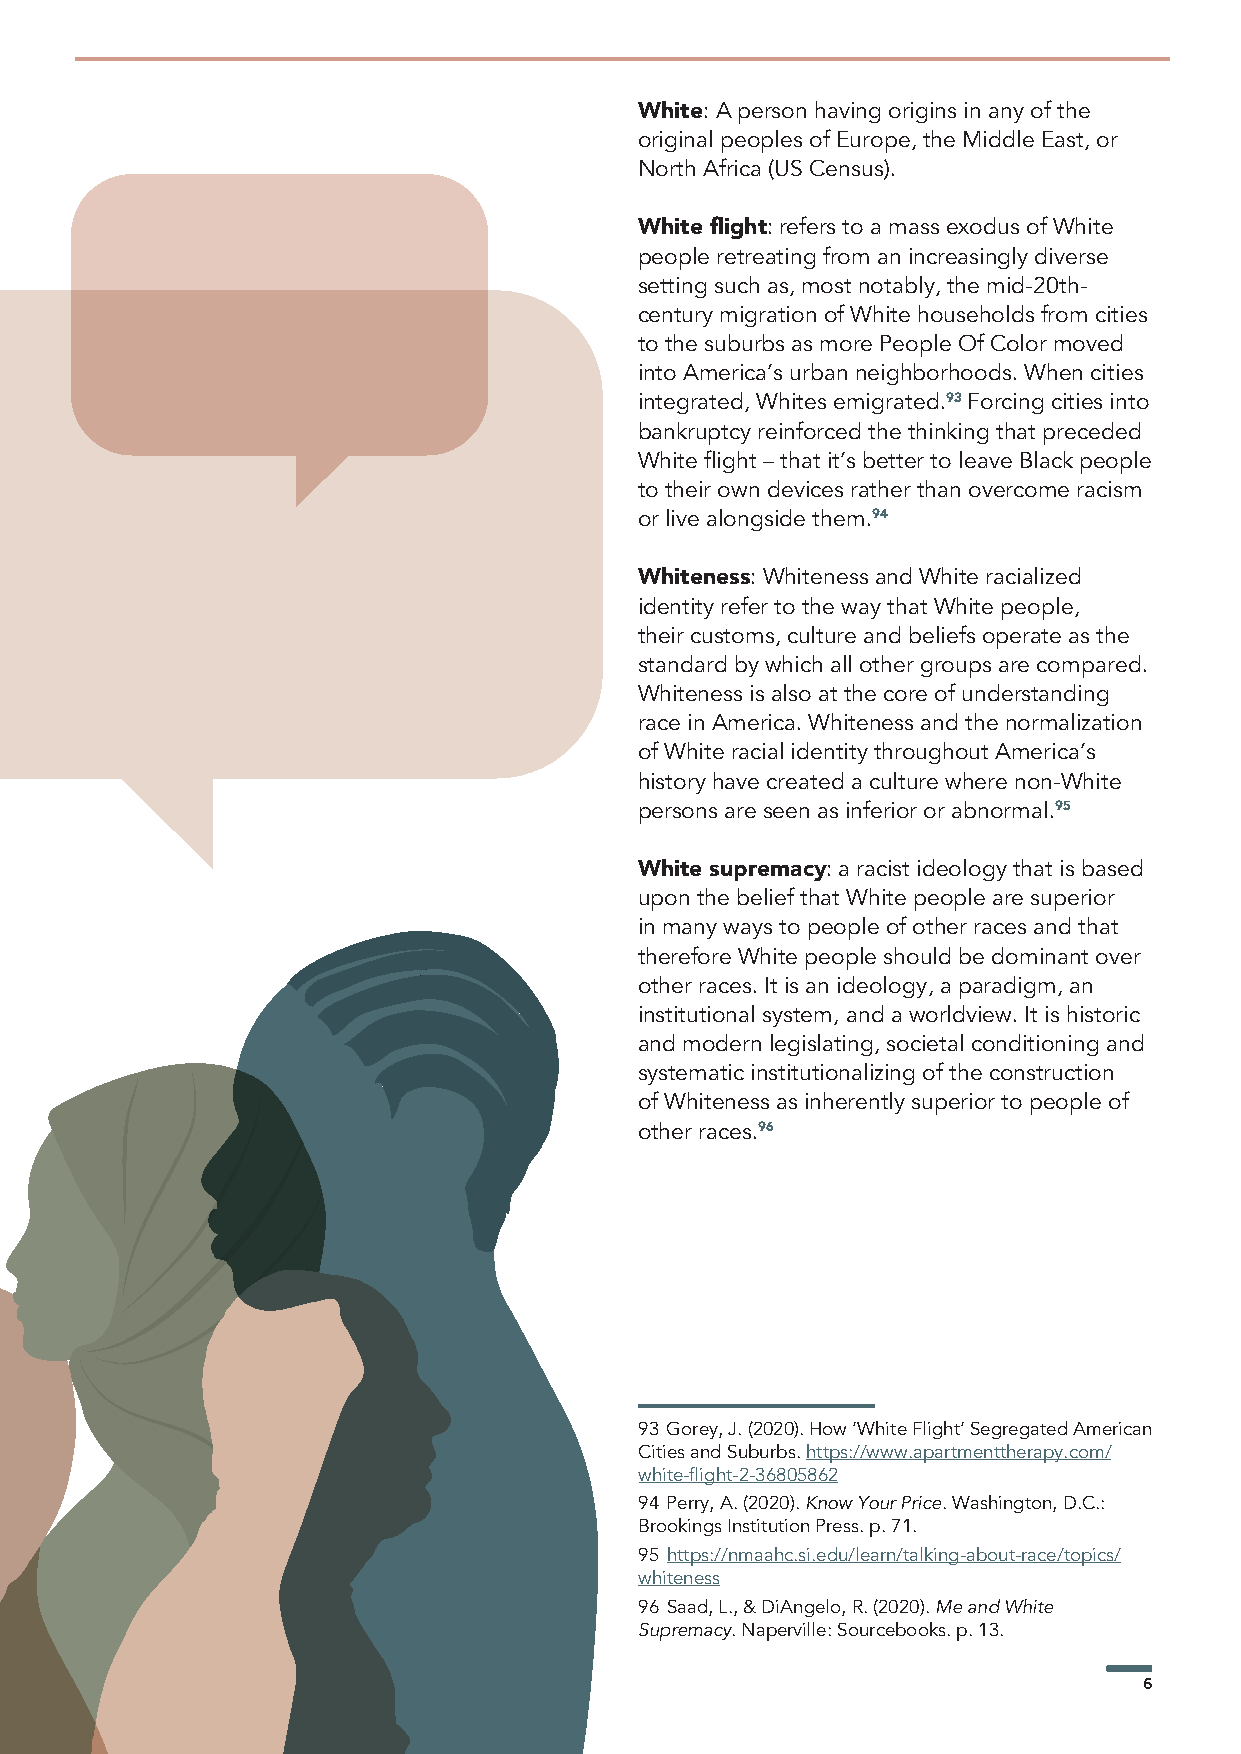
White: A person having origins in any of the
 original peoples of Europe, the Middle East, or
 North Africa (US Census).
 White flight: refers to a mass exodus of White
 people retreating from an increasingly diverse
 setting such as, most notably, the mid-20th-
 century migration of White households from cities
 to the suburbs as more People Of Color moved
 into America’s urban neighborhoods. When cities
 integrated, Whites emigrated.93 Forcing cities into
 bankruptcy reinforced the thinking that preceded
 White flight – that it’s better to leave Black people
 to their own devices rather than overcome racism
 or live alongside them.94
 Whiteness: Whiteness and White racialized
 identity refer to the way that White people,
 their customs, culture and beliefs operate as the
 standard by which all other groups are compared.
 Whiteness is also at the core of understanding
 race in America. Whiteness and the normalization
 of White racial identity throughout America’s
 history have created a culture where non-White
 persons are seen as inferior or abnormal.95
 White supremacy: a racist ideology that is based
 upon the belief that White people are superior
 in many ways to people of other races and that
 therefore White people should be dominant over
 other races. It is an ideology, a paradigm, an
 institutional system, and a worldview. It is historic
 and modern legislating, societal conditioning and
 systematic institutionalizing of the construction
 of Whiteness as inherently superior to people of
 other races.96
 93 Gorey, J. (2020). How ‘White Flight’ Segregated American
 Cities and Suburbs. https://www.apartmenttherapy.com/
 white-flight-2-36805862
 94 Perry, A. (2020). Know Your Price. Washington, D.C.:
 Brookings Institution Press. p. 71.
 95 https://nmaahc.si.edu/learn/talking-about-race/topics/
 whiteness
 96 Saad, L., & DiAngelo, R. (2020). Me and White
 Supremacy. Naperville: Sourcebooks. p. 13.
 6